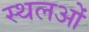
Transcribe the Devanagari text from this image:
स्थलओं